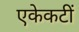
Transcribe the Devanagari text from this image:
एकेकटीं